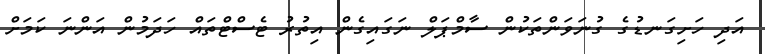
އަދި ހަށިގަނޑުގެ ގުނަވަންތަކުން ސާމްޕަލް ނަގައިގެން އިތުރު ޓެސްޓްތައް ހަދަމުން އަންނަ ކަމަށް